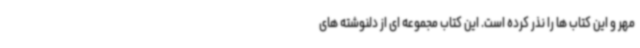
مهر و این کتاب ها را نذر کرده است. این کتاب مجموعه ای از دلنوشته های